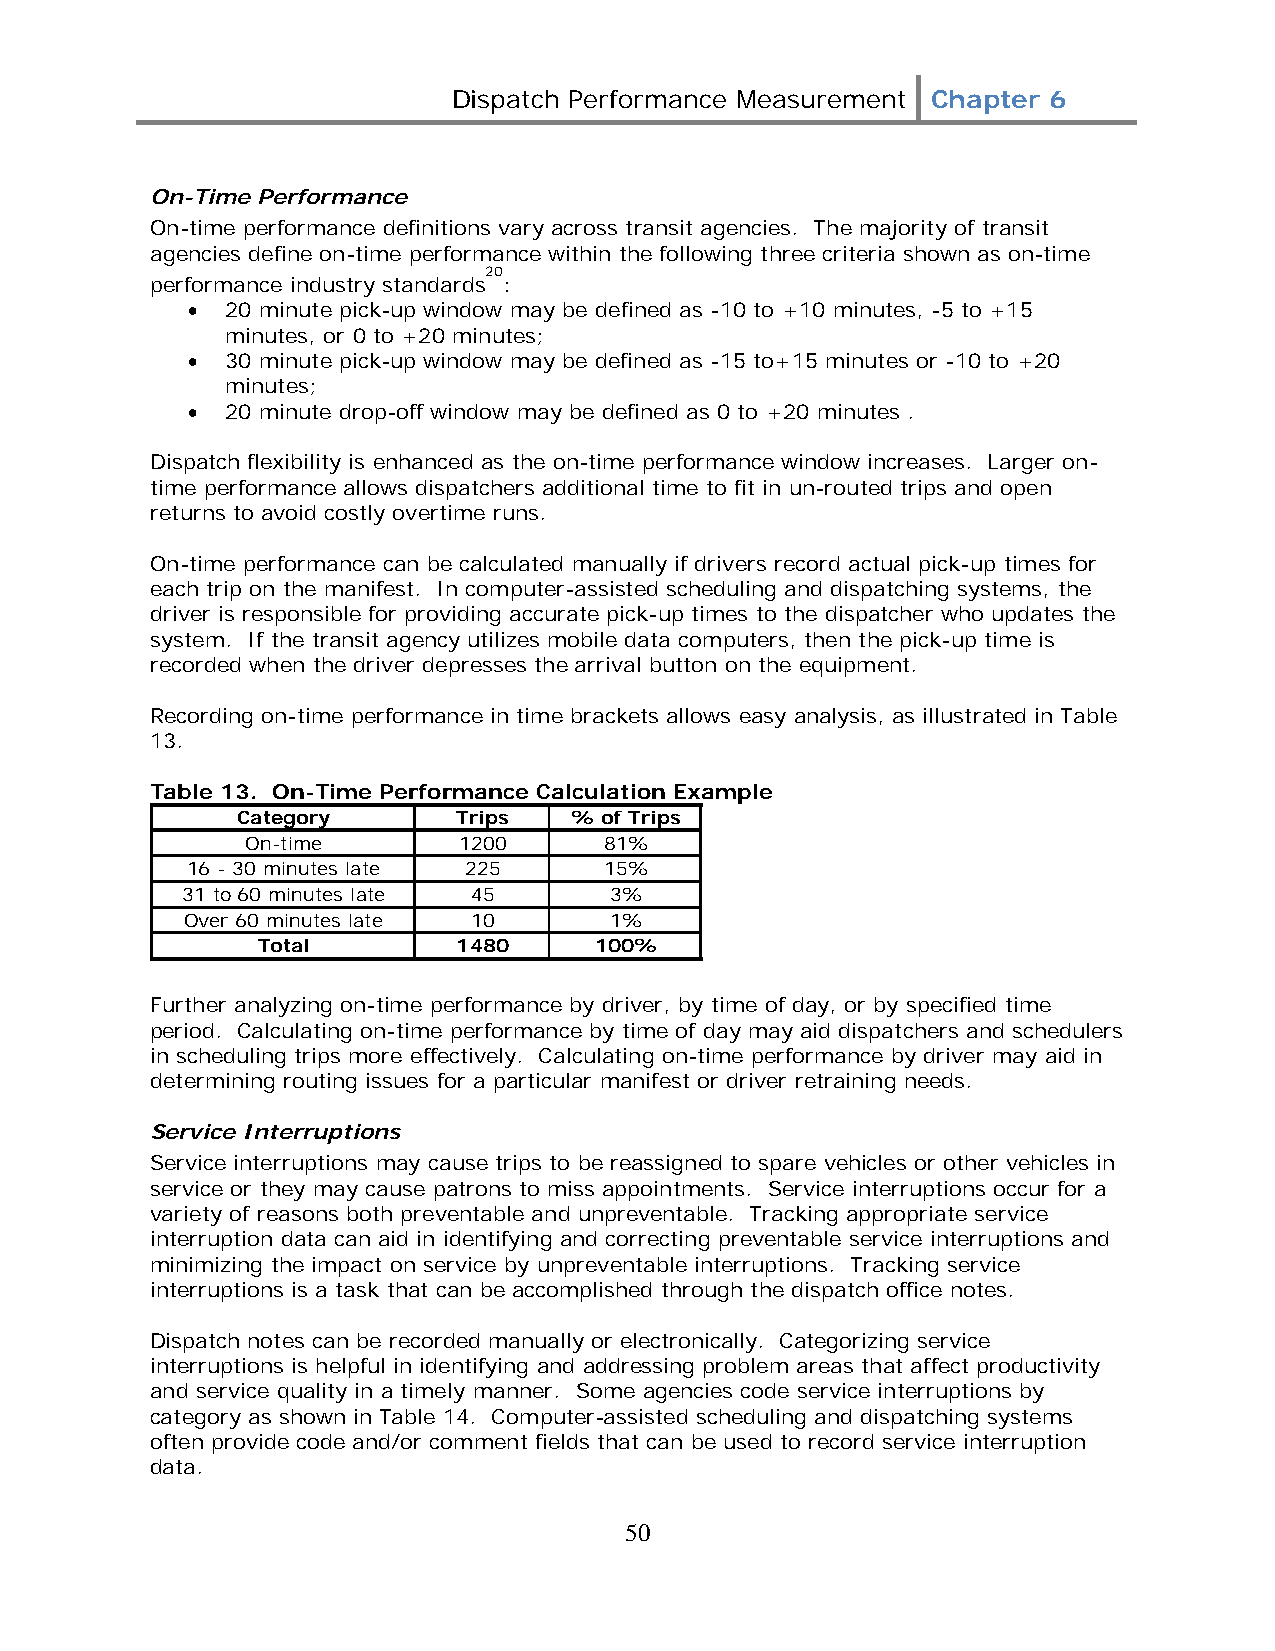
Dispatch Performance Measurement Chapter 6
 On-Time Performance
 On-time performance definitions vary across transit agencies. The majority of transit
 agencies define on-time performance within the following three criteria shown as on-time
 20
 performance industry standards :
 •  20 minute pick-up window may be defined as -10 to +10 minutes, -5 to +15
 minutes, or 0 to +20 minutes;
 •  30 minute pick-up window may be defined as -15 to+15 minutes or -10 to +20
 minutes;
 •  20 minute drop-off window may be defined as 0 to +20 minutes .
 Dispatch flexibility is enhanced as the on-time performance window increases. Larger on-
 time performance allows dispatchers additional time to fit in un-routed trips and open
 returns to avoid costly overtime runs.
 On-time performance can be calculated manually if drivers record actual pick-up times for
 each trip on the manifest. In computer-assisted scheduling and dispatching systems, the
 driver is responsible for providing accurate pick-up times to the dispatcher who updates the
 system. If the transit agency utilizes mobile data computers, then the pick-up time is
 recorded when the driver depresses the arrival button on the equipment.
 Recording on-time performance in time brackets allows easy analysis, as illustrated in Table
 13.
 Table 13. On-Time Performance Calculation Example
 Category      Trips   % of Trips
 On-time       1200      81%
 16 - 30 minutes late 225    15%
 31 to 60 minutes late 45    3%
 Over 60 minutes late 10     1%
 Total        1480     100%
 Further analyzing on-time performance by driver, by time of day, or by specified time
 period. Calculating on-time performance by time of day may aid dispatchers and schedulers
 in scheduling trips more effectively. Calculating on-time performance by driver may aid in
 determining routing issues for a particular manifest or driver retraining needs.
 Service Interruptions
 Service interruptions may cause trips to be reassigned to spare vehicles or other vehicles in
 service or they may cause patrons to miss appointments. Service interruptions occur for a
 variety of reasons both preventable and unpreventable. Tracking appropriate service
 interruption data can aid in identifying and correcting preventable service interruptions and
 minimizing the impact on service by unpreventable interruptions. Tracking service
 interruptions is a task that can be accomplished through the dispatch office notes.
 Dispatch notes can be recorded manually or electronically. Categorizing service
 interruptions is helpful in identifying and addressing problem areas that affect productivity
 and service quality in a timely manner. Some agencies code service interruptions by
 category as shown in Table 14. Computer-assisted scheduling and dispatching systems
 often provide code and/or comment fields that can be used to record service interruption
 data.
 50